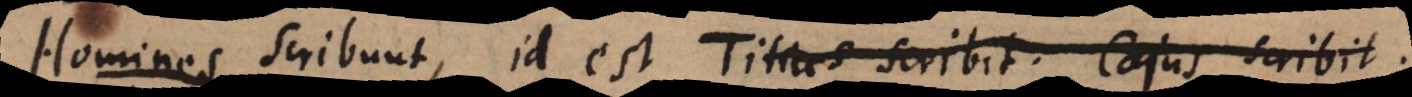
scribunt, id est Titius scribit. Cajus scribit.